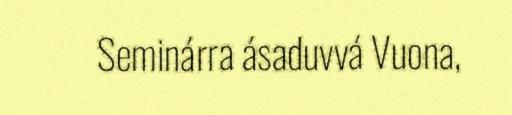
Seminárra ásaduvvá Vuona,